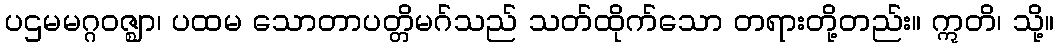
ပဌမမဂ္ဂဝဇ္ဈာ၊ ပထမ သောတာပတ္တိမဂ်သည် သတ်ထိုက်သော တရားတို့တည်း။ ဣတိ၊ သို့။